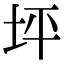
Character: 坪